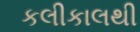
કલીકાલથી